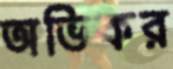
অভিকর